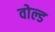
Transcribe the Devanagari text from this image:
वोल्ड